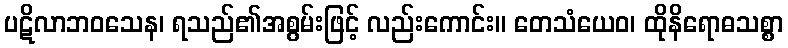
ပဋိလာဘဝသေန၊ ရသည်၏အစွမ်းဖြင့် လည်းကောင်း။ တေသံယေဝ၊ ထိုနိရောဓသစ္စာ